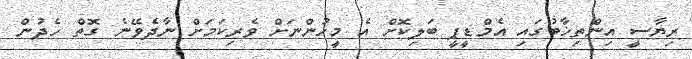
ރިޔާސީ އިންތިޚާބުގައި އެމްޑީޕީ ބަލިކޮށް އެ މީހުންނަށް ވެރިކަމަށް ނާދެވޭނެ ގޮތް ހެދުން